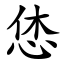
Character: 恷